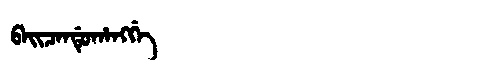
Manchu: ᠪᠠᡳᠴᠠᠨᡩᡠᡥᠠᠩᡤᡝ
Romanization: BAICANDUHANGGE